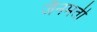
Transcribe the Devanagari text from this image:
जैनमती